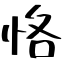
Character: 恪